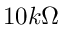
1 0 k \Omega